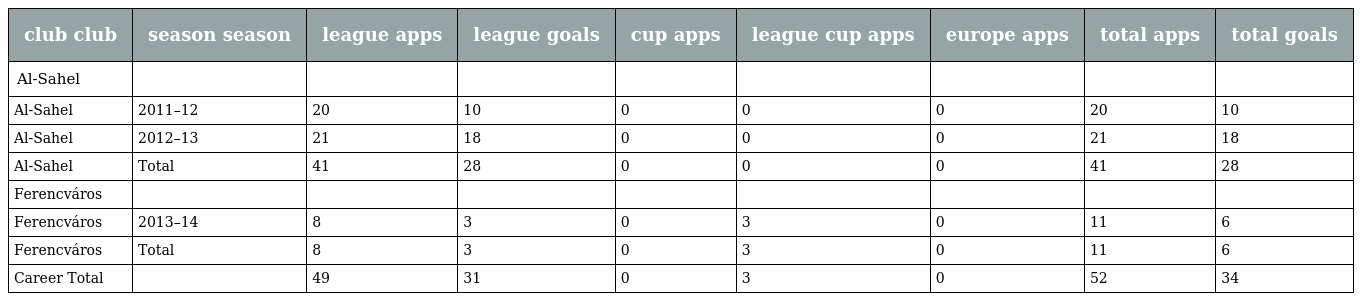
| club club | season season | league apps | league goals | cup apps | league cup apps | europe apps | total apps | total goals |
 | --- | --- | --- | --- | --- | --- | --- | --- | --- |
 | Al-Sahel |  |  |  |  |  |  |  |  |
 | Al-Sahel | 2011–12 | 20 | 10 | 0 | 0 | 0 | 20 | 10 |
 | Al-Sahel | 2012–13 | 21 | 18 | 0 | 0 | 0 | 21 | 18 |
 | Al-Sahel | Total | 41 | 28 | 0 | 0 | 0 | 41 | 28 |
 | Ferencváros |  |  |  |  |  |  |  |  |
 | Ferencváros | 2013–14 | 8 | 3 | 0 | 3 | 0 | 11 | 6 |
 | Ferencváros | Total | 8 | 3 | 0 | 3 | 0 | 11 | 6 |
 | Career Total |  | 49 | 31 | 0 | 3 | 0 | 52 | 34 |